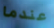
عندما